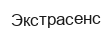
Экстрасенс